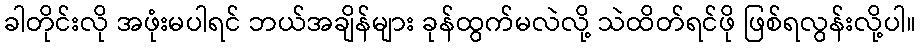
ခါတိုင်းလို အဖုံးမပါရင် ဘယ်အချိန်များ ခုန်ထွက်မလဲလို့ သဲထိတ်ရင်ဖို ဖြစ်ရလွန်းလို့ပါ။